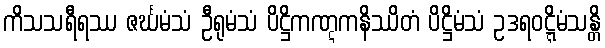
ကိသသရီရဿ ဇင်္ဃမံသံ ဦရုမံသံ ပိဋ္ဌိကဏ္ဋကနိဿိတံ ပိဋ္ဌိမံသံ ဥဒရဝဋ္ဋိမံသန္တိ